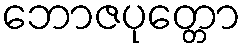
ဘောဇပုတ္တော